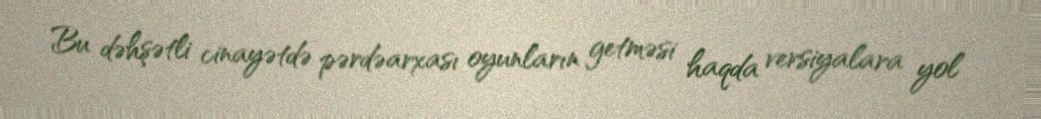
Bu dəhşətli cinayətdə pərdəarxası oyunların getməsi haqda versiyalara yol